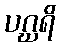
ပဂ္ဃရိ